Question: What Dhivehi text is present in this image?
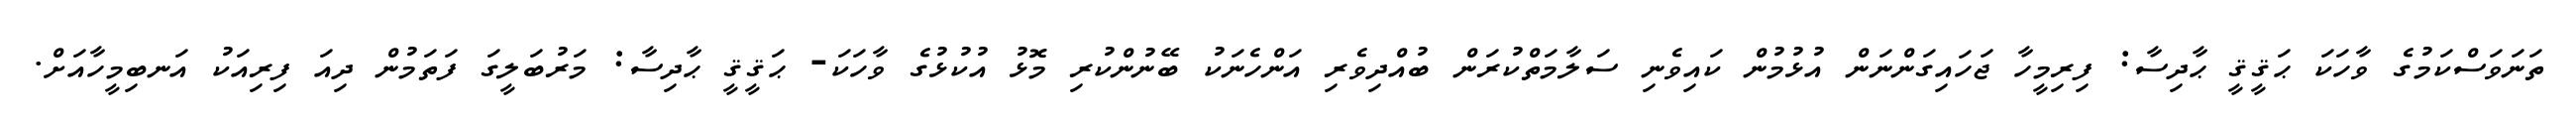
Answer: ތަނަވަސްކަމުގެ ވާހަކަ ޙަޤީޤީ ޙާދިސާ: ފިރިމީހާ ޖަހައިގަންނަން އުޅުމުން ކައިވެނި ސަލާމަތްކުރަން ބުއްދިވެރި އަންހެނަކު ބޭނުންކުރި މޮޅު އުކުޅުގެ ވާހަކަ- ޙަޤީޤީ ޙާދިސާ: މަރުބަލީގަ ފަތަމުން ދިއަ ފިރިއަކު އަނބިމީހާއަށް.